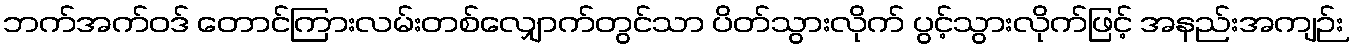
ဘက်အက်ဝဒ် တောင်ကြားလမ်းတစ်လျှောက်တွင်သာ ပိတ်သွားလိုက် ပွင့်သွားလိုက်ဖြင့် အနည်းအကျဉ်း